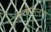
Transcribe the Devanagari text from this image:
सरकारनचा